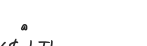
٧